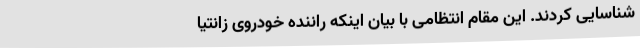
شناسایی کردند. این مقام انتظامی با بیان اینکه راننده خودروی زانتیا